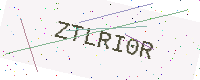
Text: ZTLRI0R